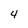
Character: 4